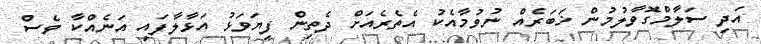
އަދި ސަލާމްގޮވާލުމުން ޚަބަރެއް ނުވުމާއެކު އެތެރެއަށް ދެތިން ފިޔަވަޅު އަޅާލާފައި އަނެއްކާ ވެސް